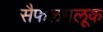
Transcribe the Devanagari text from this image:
सैफलमलूक